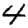
Digit: 4